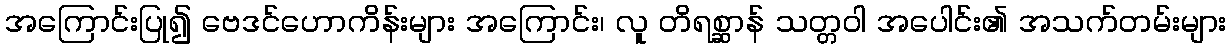
အကြောင်းပြု၍ ဗေဒင်ဟောကိန်းများ အကြောင်း၊ လူ တိရစ္ဆာန် သတ္တဝါ အပေါင်း၏ အသက်တမ်းများ